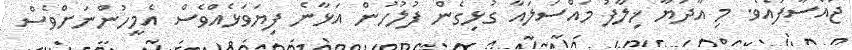
ޖައްސާފައެވެ. މި އާދަޔާ ޚިލާފު މައްސަލައާ ގުޅިގެން ފުލުހުން އަޅާނެ ފިޔަވަޅެއްވެސް އެމީހުންނަށްވެސް